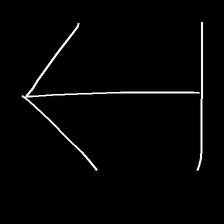
Glyph: levitation